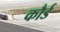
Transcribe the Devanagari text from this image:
कौर्ड